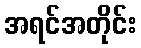
အရင်အတိုင်း